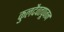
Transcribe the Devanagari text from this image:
कुलदैवतपूजन